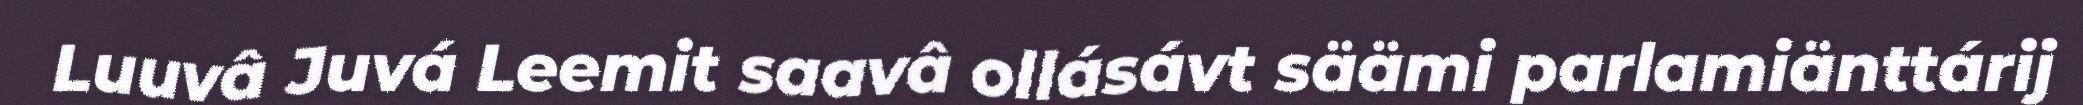
Luuvâ Juvá Leemit saavâ ollásávt säämi parlamiänttárij